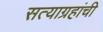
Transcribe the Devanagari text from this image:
सत्याग्रहांची